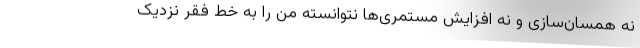
نه همسان‌سازی و نه افزایش مستمری‌ها نتوانسته من را به خط فقر نزدیک